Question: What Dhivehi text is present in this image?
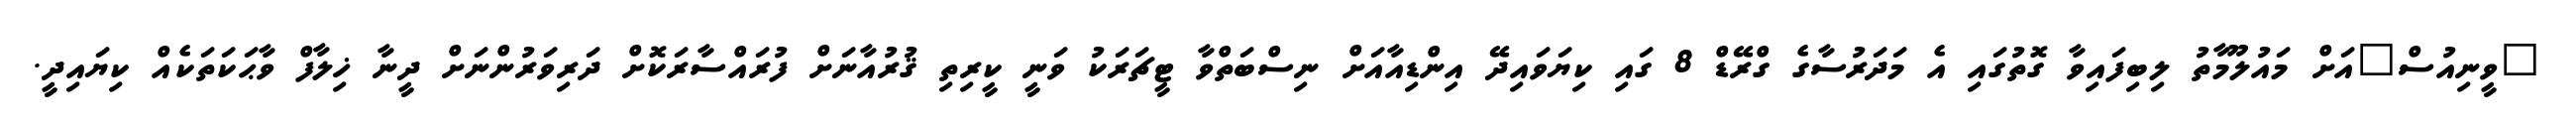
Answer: "ވީނިއުސް"އަށް މައުލޫމާތު ލިބިފައިވާ ގޮތުގައި އެ މަދަރުސާގެ ގްރޭޑް 8 ގައި ކިޔަވައިދޭ އިންޑިއާއަށް ނިސްބަތްވާ ޓީޗަރަކު ވަނީ ކީރިތި ޤުރުއާނަށް ފުރައްސާރަކޮށް ދަރިވަރުންނަށް ދީނާ ޚިލާފް ވާޙަކަތަކެއް ކިޔައިދީ.